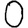
Digit: 0